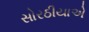
સોરઠીયાએ